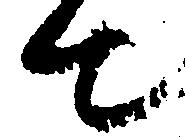
て